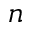
^ n